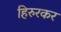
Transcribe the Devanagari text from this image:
हिरुरकर